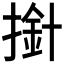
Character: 𢲥